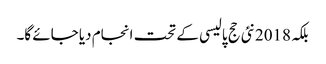
بلکہ 2018نئی حج پالیسی کے تحت انجام دیا جائے گا۔